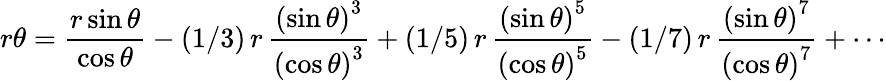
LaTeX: r\theta={\frac{r\sin\theta}{\cos\theta}}-(1/3)\, r\, {\frac{\left(\sin\theta\right)^{3}}{\left(\cos\theta\right)^{3}}}+(1/5)\, r\, {\frac{\left(\sin\theta\right)^{5}}{\left(\cos\theta\right)^{5}}}-(1/7)\, r\, {\frac{\left(\sin\theta\right)^{7}}{\left(\cos\theta\right)^{7}}}+\cdots